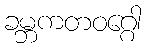
ခမ္ဘကတဝဂ္ဂေါ